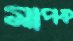
মাপক